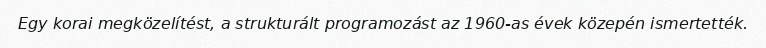
Egy korai megközelítést, a strukturált programozást az 1960-as évek közepén ismertették.